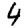
Digit: 4